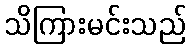
သိကြားမင်းသည်